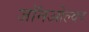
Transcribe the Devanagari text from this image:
जॉनओल्वर